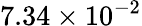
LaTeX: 7.34\times 10^{-2}